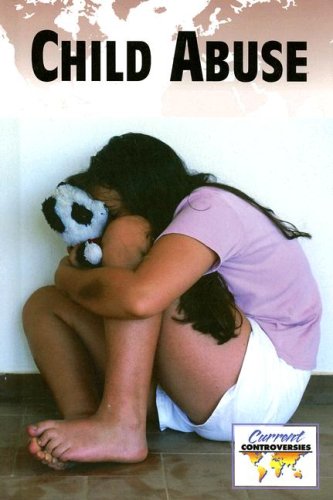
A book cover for Child Abuse (Current Controversies); Lucinda Almond; Teen & Young Adult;